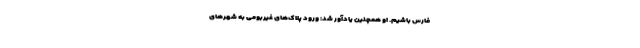
فارس باشیم. او همچنین یادآور شد: ورود پلاک‌های غیربومی به شهرهای